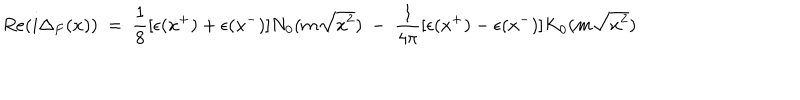
R e ( i \Delta _ { F } ( x ) ) ~ = ~ { \frac { 1 } { 8 } } [ \epsilon ( x ^ { + } ) + \epsilon ( x ^ { - } ) ] N _ { 0 } ( m \sqrt { x ^ { 2 } } ) ~ - ~ { \frac { 1 } { 4 \pi } } [ \epsilon ( x ^ { + } ) - \epsilon ( x ^ { - } ) ] K _ { 0 } ( m \sqrt { x ^ { 2 } } )